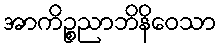
အာကိဉ္စညာဘိနိဝေသာ